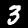
Label: 3